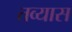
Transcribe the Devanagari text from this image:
तव्यास